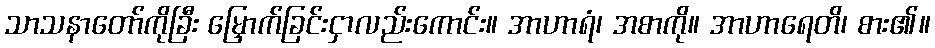
သာသနာတော်ကိုခြီး မြှောက်ခြင်းငှာလည်းကောင်း။ အာဟာရံ၊ အစာကို။ အာဟာရေတိ၊ စား၏။